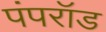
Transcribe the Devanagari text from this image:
पंपरॉड